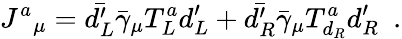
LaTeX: {J^{a}}_{\mu}=\bar{d_{L}^{\prime}}\bar{\gamma}_{\mu}T_{L}^{a}d_{L}^{\prime}+\bar{d_{R}^{\prime}}\bar{\gamma}_{\mu}T_{d_{R}}^{a}d_{R}^{\prime}\, \, \, .